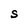
Character: S